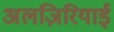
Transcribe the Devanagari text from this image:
अलज़िरियाई